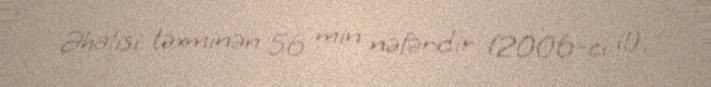
Əhalisi təxminən 56 min nəfərdir (2006-cı il).